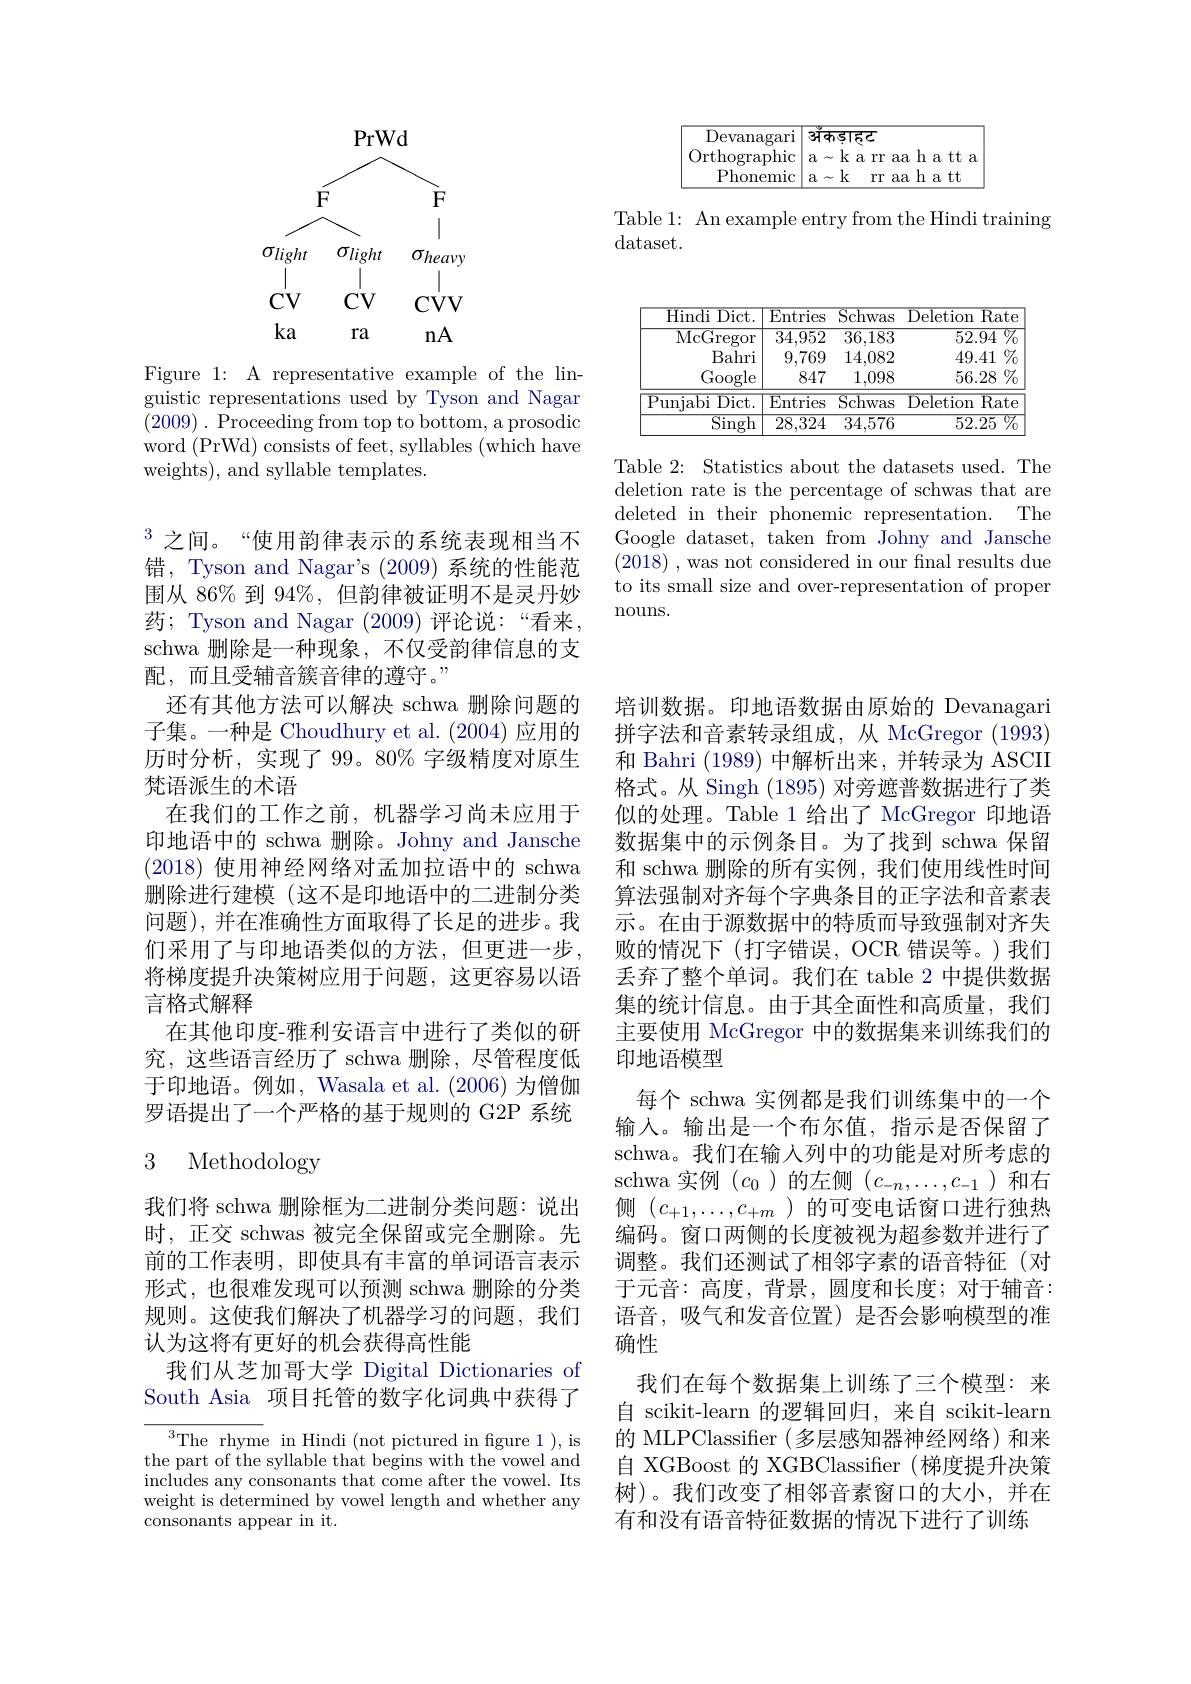
Table 1: An example entry from the Hindi training
dataset.

<table>
	<tbody>
		<tr>
			<th>Hindi Dict. </th>
			<th>${\overline{{\mathrm{Entries}}}}$</th>
			<th>$\operatorname{Schwas}$</th>
			<th>Deletion $\overline{\mathrm{Rate}}$</th>
		</tr>
		<tr>
			<td>McGregor</td>
			<td>34,952</td>
			<td>36,183</td>
			<td>52.94 $\overline{{\textcircled{7}}}$</td>
		</tr>
		<tr>
			<td>Bahri</td>
			<td>9,769</td>
			<td>14,082</td>
			<td>49.41 $\%$</td>
		</tr>
		<tr>
			<td>Google</td>
			<td>847</td>
			<td>1,098</td>
			<td>56.28 $\%$</td>
		</tr>
		<tr>
			<td>$P$ unjabi $\overline{\mathrm{Dict}}$</td>
			<td>$\overline{{\mathrm{Entries}}}$</td>
			<td>$\operatorname{Schwas}$</td>
			<td>$Rat\epsilon$ Deletion</td>
		</tr>
		<tr>
			<td>Singh</td>
			<td>$\overline{28,324}$</td>
			<td>$\overline{34,576}$</td>
			<td>52.25 77</td>
		</tr>
	</tbody>
</table>

Table 2: Statistics about the datasets used. The deletion rate is the percentage of schwas that are deleted in their phonemic representation. The Google dataset, taken from Johny and Jansche (2018) , was not considered in our final results due to its small size and over-representation of proper nouns.

<FigureHere>

Figure 1: A representative example of the linguistic representations used by Tyson and Nagar (2009). Proceeding from top to bottom, a prosodic word (PrWd) consists of feet, syllables (which have weights), and syllable templates.

$^{3}$之间。“使用韵律表示的系统表现相当不错，Tyson and Nagar's (2009)系统的性能范围从 86% 到 94%, 但韵律被证明不是灵丹妙药；Tyson and Nagar (2009)评论说：“看来， schwa 删除是一种现象，不仅受韵律信息的支配，而且受辅音簇音律的遵守。”
还有其他方法可以解决 schwa 删除问题的子集。一种是 Choudhury et al. (2004) 应用的历时分析，实现了 99。80% 字级精度对原生梵语派生的术语
在我们的工作之前，机器学习尚未应用于印地语中的 schwa 删除。Johny and Jansche (2018)使用神经网络对孟加拉语中的 schwa 删除进行建模(这不是印地语中的二进制分类问题),并在准确性方面取得了长足的进步。我们采用了与印地语类似的方法，但更进一步， 将梯度提升决策树应用于问题，这更容易以语言格式解释
在其他印度-雅利安语言中进行了类似的研究，这些语言经历了 schwa 删除，尽管程度低于印地语。例如，Wasala et al. (2006) 为僧伽罗语提出了一个严格的基于规则的 G2P 系统

## 3 Methodology

我们将 schwa 删除框为二进制分类问题：说出时，正交 schwas 被完全保留或完全删除。先前的工作表明，即使具有丰富的单词语言表示形式，也很难发现可以预测 schwa 删除的分类规则。这使我们解决了机器学习的问题，我们认为这将有更好的机会获得高性能
我们从芝加哥大学 Digital Dictionaries of South Asia 项目托管的数字化词典中获得了

$^3$The rhyme in Hindi (not pictured in fgure 1 ), is the part of the syllable that begins with the vowel and includes any consonants that come after the vowel. Its weight is determined by vowel length and whether any consonants appear in it.

培训数据。印地语数据由原始的 Devanagari 拼字法和音素转录组成，从 McGregor (1993) 和 Bahri (1989)中解析出来，并转录为 ASCII 格式。从 Singh (1895)对旁遮普数据进行了类似的处理。Table 1 给出了 McGregor 印地语数据集中的示例条目。为了找到 schwa 保留和 schwa 删除的所有实例，我们使用线性时间算法强制对齐每个字典条目的正字法和音素表示。在由于源数据中的特质而导致强制对齐失败的情况下(打字错误，OCR 错误等。)我们丢弃了整个单词。我们在 table 2 中提供数据集的统计信息。由于其全面性和高质量，我们主要使用 McGregor 中的数据集来训练我们的印地语模型
每个 schwa 实例都是我们训练集中的一个输入。输出是一个布尔值，指示是否保留了schwa。我们在输入列中的功能是对所考虑的schwa 实例($c_0$)的左侧($c_-n,\ldots,c_-1$)和右侧$(c_{+1},\ldots,c_{+m})$的可变电话窗口进行独热编码。窗口两侧的长度被视为超参数并进行了调整。我们还测试了相邻字素的语音特征(对于元音：高度，背景，圆度和长度；对于辅音： 语音，吸气和发音位置)是否会影响模型的准确性
我们在每个数据集上训练了三个模型：来自 scikit-learn 的逻辑回归，来自 scikit-learn 的 MLPClassifier (多层感知器神经网络)和来自 XGBoost 的 XGBClassifier (梯度提升决策树)。我们改变了相邻音素窗口的大小，并在有和没有语音特征数据的情况下进行了训练